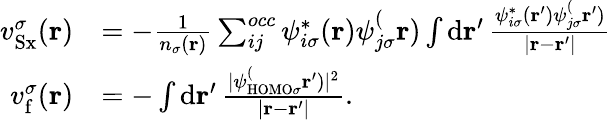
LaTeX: \begin{array}{rl}{v_{\mathrm{Sx}}^{\sigma}(\mathbf{r})}&{=-\frac{1}{n_{\sigma}(\mathbf{r})}\sum_{ij}^{occ}\psi_{i\sigma}^{\ast}(\mathbf{r})\psi_{j\sigma}^(\mathbf{r})\int\mathrm{d}\mathbf{r}^{\prime}\, \frac{\psi_{i\sigma}^{\ast}(\mathbf{r}^{\prime})\psi_{j\sigma}^(\mathbf{r}^{\prime})}{\vert\mathbf{r}-\mathbf{r}^{\prime}\vert}}\\ {v_{\mathrm{f}}^{\sigma}(\mathbf{r})}&{=-\int\mathrm{d}\mathbf{r}^{\prime}\, \frac{\vert\psi_{\mathrm{HOMO}\sigma}^(\mathbf{r}^{\prime})\vert^{2}}{\vert\mathbf{r}-\mathbf{r}^{\prime}\vert}.}\end{array}